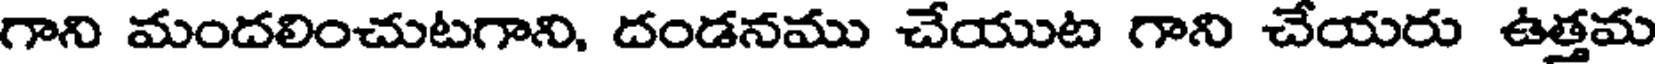
గాని మందలించుటగాని, దండనము చేయుట గాని చేయరు ఉత్తమ